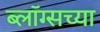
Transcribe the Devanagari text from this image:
ब्लॉग्सच्या